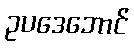
ဥပဒေဘောင်